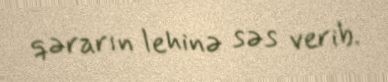
qərarın lehinə səs verib.